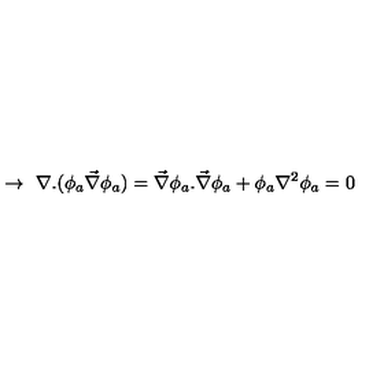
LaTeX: \rightarrow \ \nabla . ( \phi _ { a } \vec { \nabla } \phi _ { a } ) = \vec { \nabla } \phi _ { a } . \vec { \nabla } \phi _ { a } + \phi _ { a } \nabla ^ { 2 } \phi _ { a } = 0